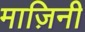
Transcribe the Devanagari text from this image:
माज़िनी